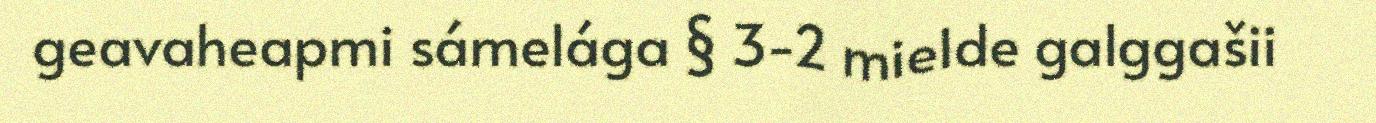
geavaheapmi sámelága § 3-2 mielde galggašii